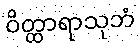
ဝိတ္ထာရာသုဘံ